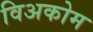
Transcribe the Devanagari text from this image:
विअकोम